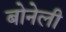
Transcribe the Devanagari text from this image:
बोनेली